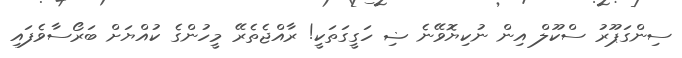
ސިންގަޕޫރު ސްކޫލް އިން ނުކިޔޮވޭނެ ޟި ހަގީގަތަކީ! ރާއްޖެތެރޭ މީހުންގެ ކުއްޔަށް ބަރޯސާވެފައި